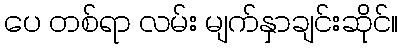
ပေ တစ်ရာ လမ်း မျက်နှာချင်းဆိုင်။